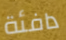
دافئة